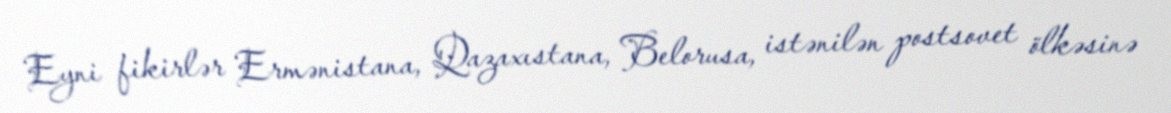
Eyni fikirlər Ermənistana, Qazaxıstana, Belorusa, istənilən postsovet ölkəsinə